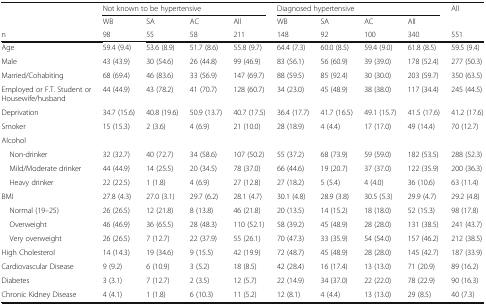
<table><thead><tr><td></td><td colspan="4"><b>Not known to be hypertensive</b></td><td colspan="4"><b>Diagnosed hypertensive</b></td><td rowspan="2"><b>All</b></td></tr><tr><td></td><td><b>WB</b></td><td><b>SA</b></td><td><b>AC</b></td><td><b>All</b></td><td><b>WB</b></td><td><b>SA</b></td><td><b>AC</b></td><td><b>All</b></td></tr><tr><td><b>n</b></td><td><b>98</b></td><td><b>55</b></td><td><b>58</b></td><td><b>211</b></td><td><b>148</b></td><td><b>92</b></td><td><b>100</b></td><td><b>340</b></td><td><b>551</b></td></tr></thead><tbody><tr><td>Age</td><td>59.4 (9.4)</td><td>53.6 (8.9)</td><td>51.7 (8.6)</td><td>55.8 (9.7)</td><td>64.4 (7.3)</td><td>60.0 (8.5)</td><td>59.4 (9.0)</td><td>61.8 (8.5)</td><td>59.5 (9.4)</td></tr><tr><td>Male</td><td>43 (43.9)</td><td>30 (54.6)</td><td>26 (44.8)</td><td>99 (46.9)</td><td>83 (56.1)</td><td>56 (60.9)</td><td>39 (39.0)</td><td>178 (52.4)</td><td>277 (50.3)</td></tr><tr><td>Married/Cohabiting</td><td>68 (69.4)</td><td>46 (83.6)</td><td>33 (56.9)</td><td>147 (69.7)</td><td>88 (59.5)</td><td>85 (92.4)</td><td>30 (30.0)</td><td>203 (59.7)</td><td>350 (63.5)</td></tr><tr><td>Employed or F.T. Student or Housewife/husband</td><td>44 (44.9)</td><td>43 (78.2)</td><td>41 (70.7)</td><td>128 (60.7)</td><td>34 (23.0)</td><td>45 (48.9)</td><td>38 (38.0)</td><td>117 (34.4)</td><td>245 (44.5)</td></tr><tr><td>Deprivation</td><td>34.7 (15.6)</td><td>40.8 (19.6)</td><td>50.9 (13.7)</td><td>40.7 (17.5)</td><td>36.4 (17.7)</td><td>41.7 (16.5)</td><td>49.1 (15.7)</td><td>41.5 (17.6)</td><td>41.2 (17.6)</td></tr><tr><td>Smoker</td><td>15 (15.3)</td><td>2 (3.6)</td><td>4 (6.9)</td><td>21 (10.0)</td><td>28 (18.9)</td><td>4 (4.4)</td><td>17 (17.0)</td><td>49 (14.4)</td><td>70 (12.7)</td></tr><tr><td>Alcohol</td><td></td><td></td><td></td><td></td><td></td><td></td><td></td><td></td><td></td></tr><tr><td> Non-drinker</td><td>32 (32.7)</td><td>40 (72.7)</td><td>34 (58.6)</td><td>107 (50.2)</td><td>55 (37.2)</td><td>68 (73.9)</td><td>59 (59.0)</td><td>182 (53.5)</td><td>288 (52.3)</td></tr><tr><td> Mild/Moderate drinker</td><td>44 (44.9)</td><td>14 (25.5)</td><td>20 (34.5)</td><td>78 (37.0)</td><td>66 (44.6)</td><td>19 (20.7)</td><td>37 (37.0)</td><td>122 (35.9)</td><td>200 (36.3)</td></tr><tr><td> Heavy drinker</td><td>22 (22.5)</td><td>1 (1.8)</td><td>4 (6.9)</td><td>27 (12.8)</td><td>27 (18.2)</td><td>5 (5.4)</td><td>4 (4.0)</td><td>36 (10.6)</td><td>63 (11.4)</td></tr><tr><td>BMI</td><td>27.8 (4.3)</td><td>27.0 (3.1)</td><td>29.7 (6.2)</td><td>28.1 (4.7)</td><td>30.1 (4.8)</td><td>28.9 (3.8)</td><td>30.5 (5.3)</td><td>29.9 (4.7)</td><td>29.2 (4.8)</td></tr><tr><td> Normal (19–25)</td><td>26 (26.5)</td><td>12 (21.8)</td><td>8 (13.8)</td><td>46 (21.8)</td><td>20 (13.5)</td><td>14 (15.2)</td><td>18 (18.0)</td><td>52 (15.3)</td><td>98 (17.8)</td></tr><tr><td> Overweight</td><td>46 (46.9)</td><td>36 (65.5)</td><td>28 (48.3)</td><td>110 (52.1)</td><td>58 (39.2)</td><td>45 (48.9)</td><td>28 (28.0)</td><td>131 (38.5)</td><td>241 (43.7)</td></tr><tr><td> Very overweight</td><td>26 (26.5)</td><td>7 (12.7)</td><td>22 (37.9)</td><td>55 (26.1)</td><td>70 (47.3)</td><td>33 (35.9)</td><td>54 (54.0)</td><td>157 (46.2)</td><td>212 (38.5)</td></tr><tr><td>High Cholesterol</td><td>14 (14.3)</td><td>19 (34.6)</td><td>9 (15.5)</td><td>42 (19.9)</td><td>72 (48.7)</td><td>45 (48.9)</td><td>28 (28.0)</td><td>145 (42.7)</td><td>187 (33.9)</td></tr><tr><td>Cardiovascular Disease</td><td>9 (9.2)</td><td>6 (10.9)</td><td>3 (5.2)</td><td>18 (8.5)</td><td>42 (28.4)</td><td>16 (17.4)</td><td>13 (13.0)</td><td>71 (20.9)</td><td>89 (16.2)</td></tr><tr><td>Diabetes</td><td>3 (3.1)</td><td>7 (12.7)</td><td>2 (3.5)</td><td>12 (5.7)</td><td>22 (14.9)</td><td>34 (37.0)</td><td>22 (22.0)</td><td>78 (22.9)</td><td>90 (16.3)</td></tr><tr><td>Chronic Kidney Disease</td><td>4 (4.1)</td><td>1 (1.8)</td><td>6 (10.3)</td><td>11 (5.2)</td><td>12 (8.1)</td><td>4 (4.4)</td><td>13 (13.0)</td><td>29 (8.5)</td><td>40 (7.3)</td></tr></tbody></table>